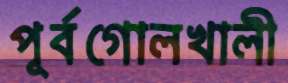
পূর্বগোলখালী